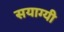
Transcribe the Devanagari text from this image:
सयाग्यी